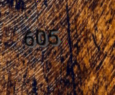
605